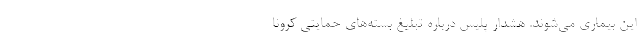
این بیماری می‌شوند. هشدار پلیس درباره تبلیغ بسته‌های حمایتی کرونا